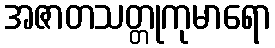
အဇာတသတ္တုကုမာရော